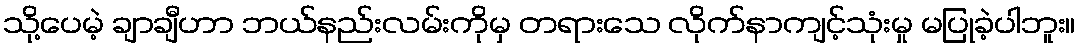
သို့ပေမဲ့ ချာချီဟာ ဘယ်နည်းလမ်းကိုမှ တရားသေ လိုက်နာကျင့်သုံးမှု မပြုခဲ့ပါဘူး။